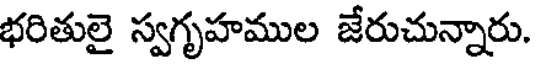
భరితులై స్వగృహముల జేరుచున్నారు.